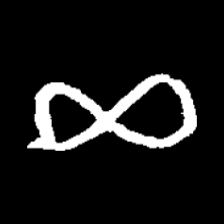
Pyu character \u2014 Myanmar letter: ဆ (romanized: cha)